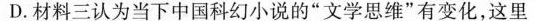
D.材料三认为当下中国科幻小说的“文学思维”有变化，这里